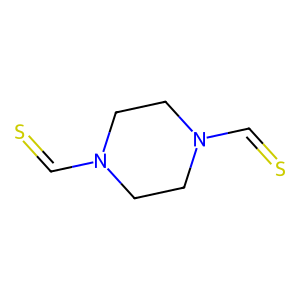
SMILES: S=CN1CCN(C=S)CC1
Inhibits HIV replication: No